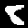
Label: 8